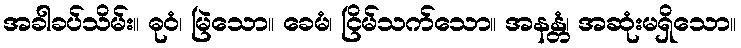
အခါခပ်သိမ်း။ ဓုဝံ၊ မြဲသော။ ခေမံ၊ ငြိမ်သက်သော။ အနန္တံ၊ အဆုံးမရှိသော။